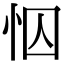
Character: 𢘄